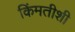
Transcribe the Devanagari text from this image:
किंमतीशी